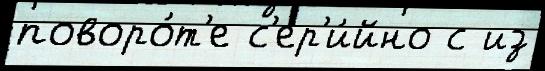
поворо́т'е с'ер'и́йно с из